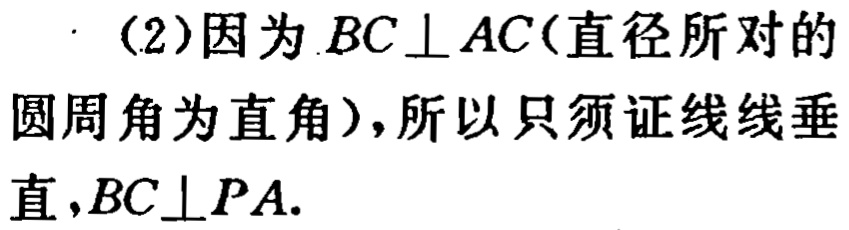
（2）因为 \(BC\perp AC\)（直径所对的圆周角为直角），所以只须证线线垂直，\(BC\perp PA\).